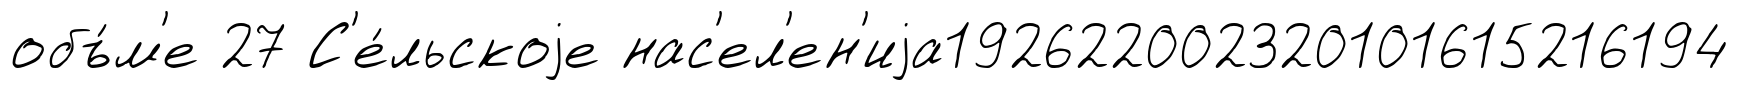
объ́м'е 27 С'е́льскоjе нас'ел'ен'иjа192622002320101615216194